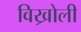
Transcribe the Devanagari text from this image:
विख्रोली